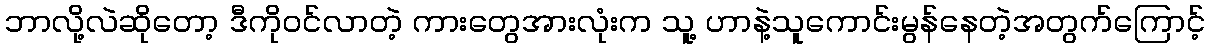
ဘာလို့လဲဆိုတော့ ဒီကိုဝင်လာတဲ့ ကားတွေအားလုံးက သူ့ ဟာနဲ့သူကောင်းမွန်နေတဲ့အတွက်ကြောင့်